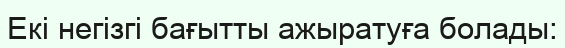
Екі негізгі бағытты ажыратуға болады: